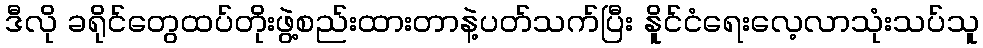
ဒီလို ခရိုင်တွေထပ်တိုးဖွဲ့စည်းထားတာနဲ့ပတ်သက်ပြီး နိူင်ငံရေးလေ့လာသုံးသပ်သူ